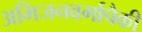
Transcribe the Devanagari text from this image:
अभिजनवर्गापैकी